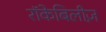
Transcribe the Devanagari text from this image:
रॉकेबिलीज़